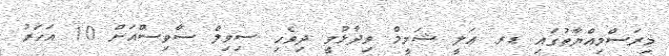
މިރަސްމިއްޔާތުގައި ޑރ. އަލީ ޝަމީމް ވިދާޅުވީ ދިވެހި ސިވިލް ސާވިސްއަށް 10 އަހަރު